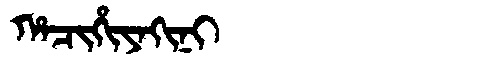
Manchu: ᡥᠠᠴᡳᡥᡳᠶᠠᡴᡳᠨᡳ
Romanization: HACIHIYAKINI